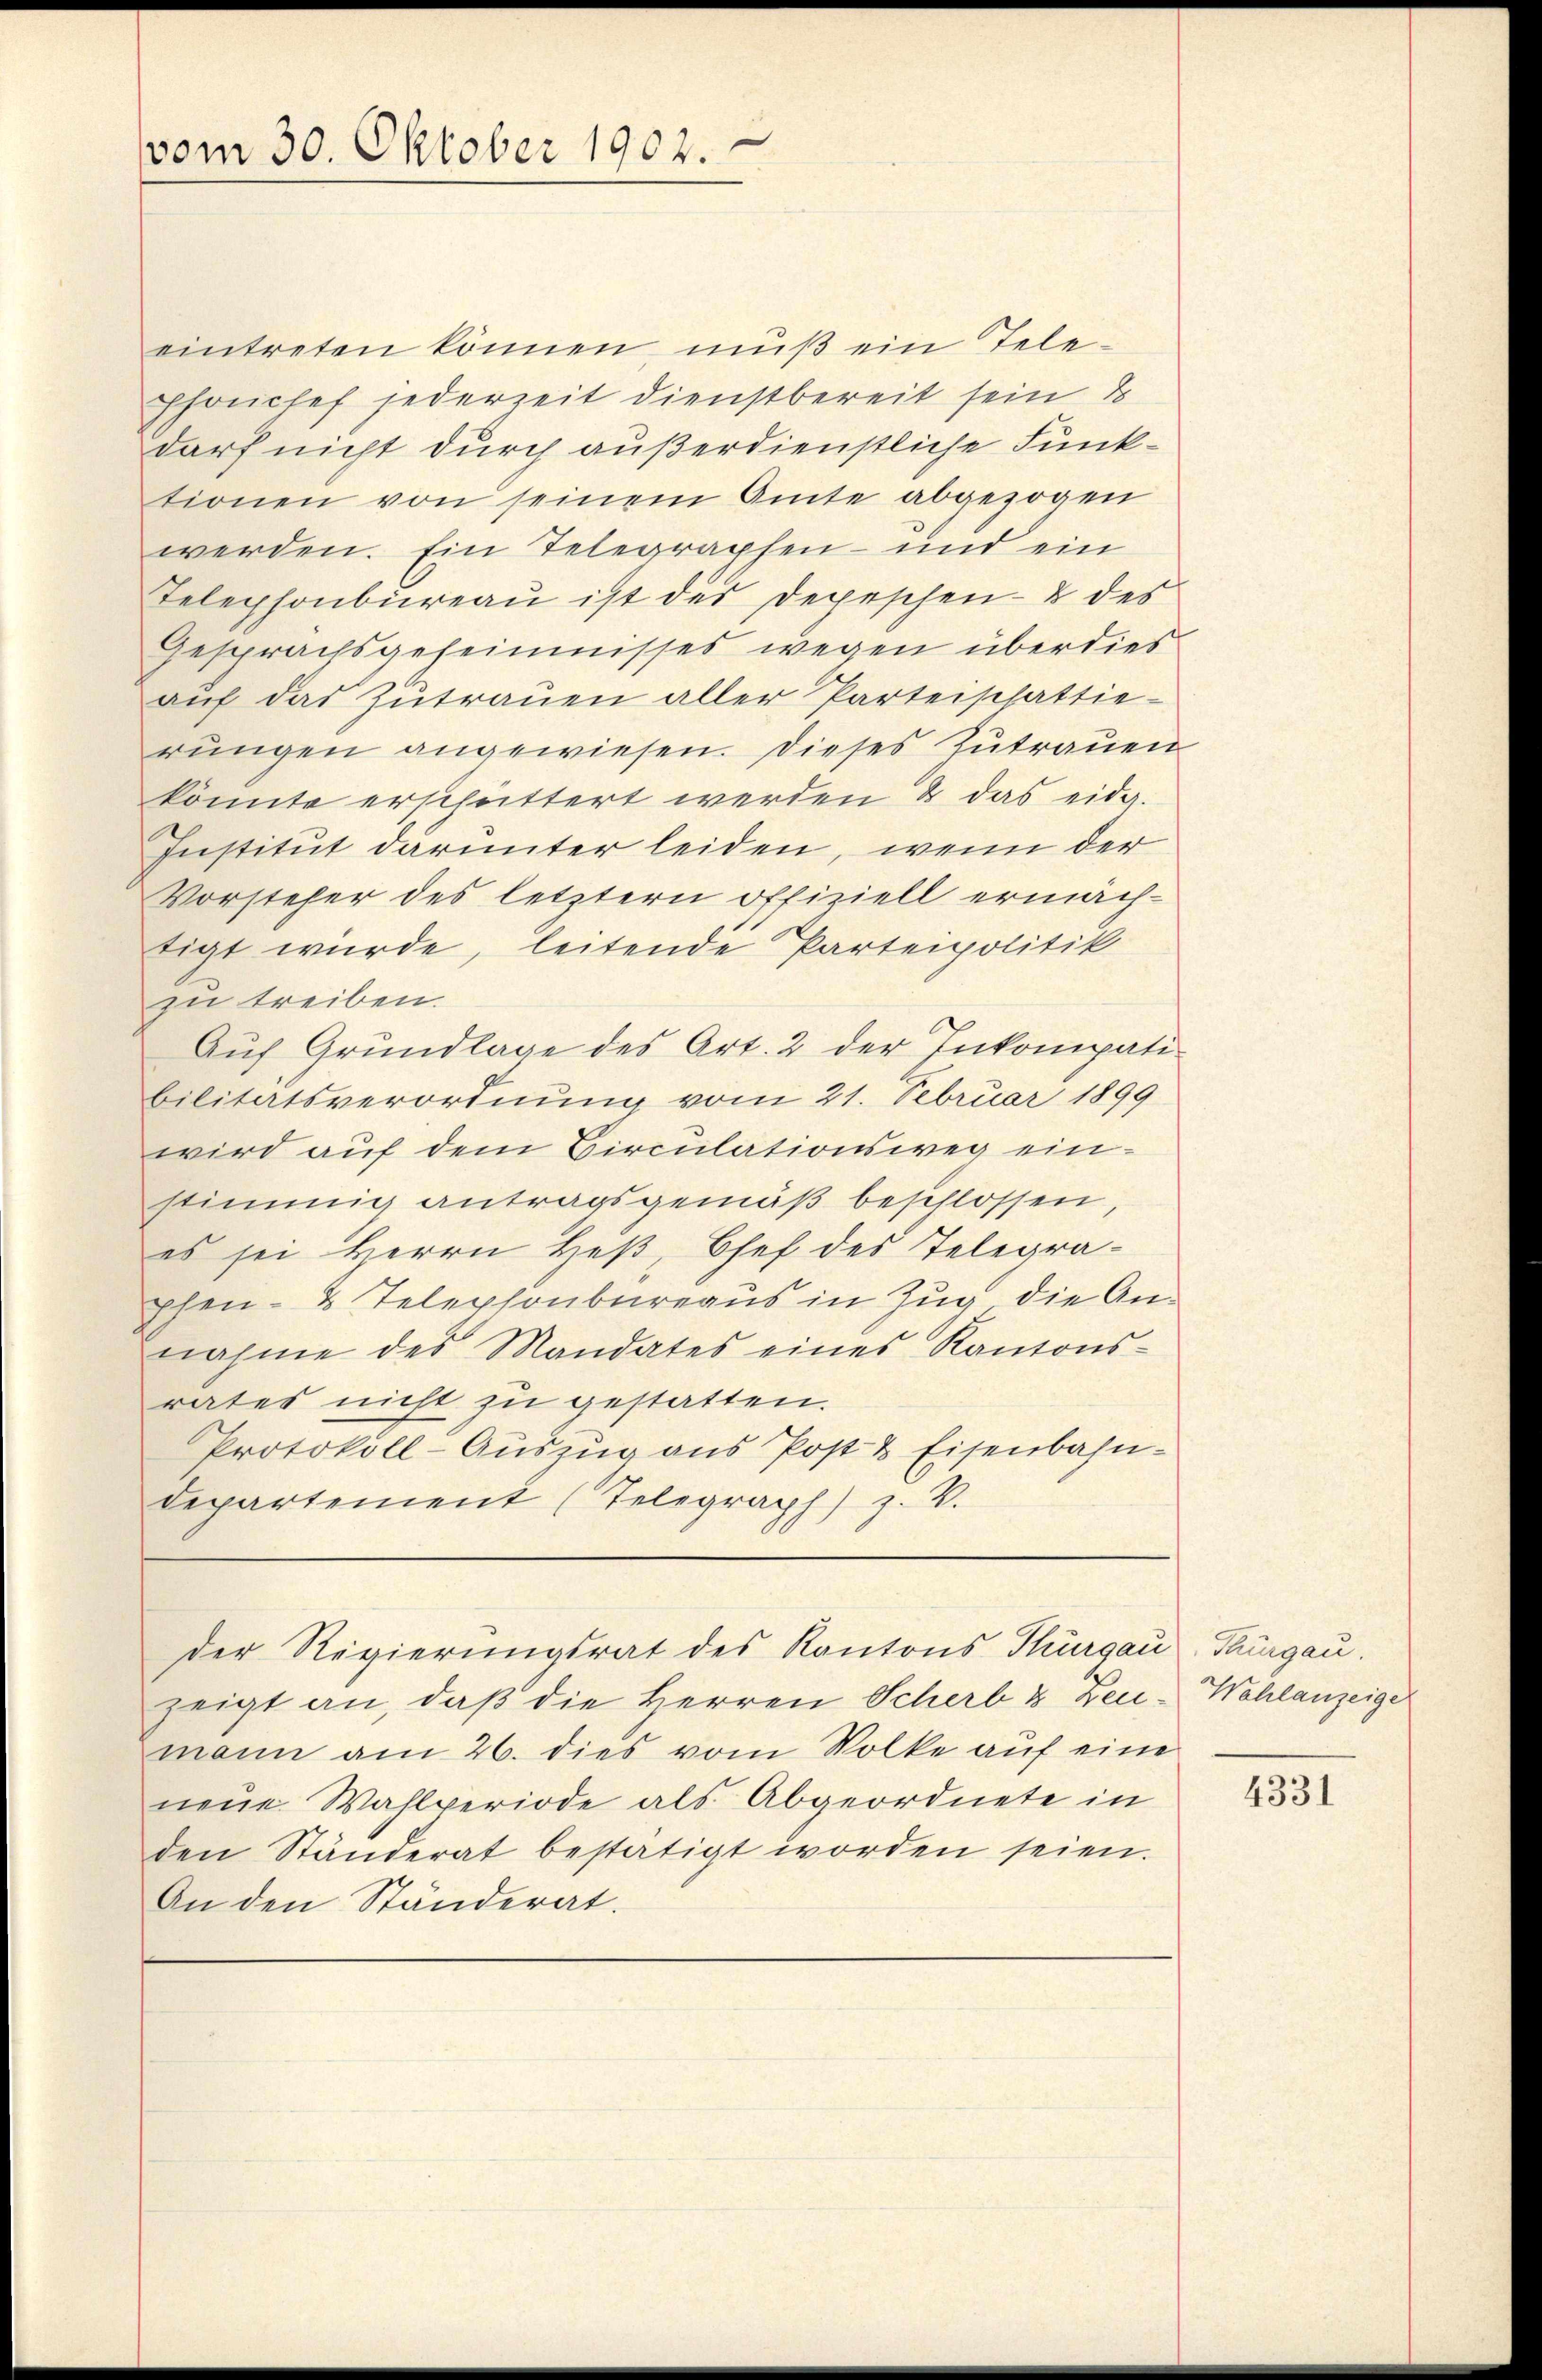
vom 30. Oktober 1902.

eintreten können mŭβ ein Tele-
Phonchef jederzeit dienstbereit sein
darf nicht durch außerdienstliche Funktionen von seinem Amte abgezogen
werden. Ein Telegraphen- und ein
Telephonbüreau ist des Depeschen- & des
Gesprächsgeheimnisses wegen überdies
aŭf das zŭtraŭen aller Parteischattie-
rungen angewiesen. Dieses Zutrauen
könnte erschüttert werden & das eidg.
Institut darunter leiden, wenn der
Vorsteher des letztern offiziell ermächtigt würde, leitende Parteipolitik
zu treiben.
Auf Grundlage des Art. 2 der Inkompatibilitätsverordnung vom 21. Februar 1899
wird auf dem Circulationsweg einstimmig antragsgemäß beschlossen,
es sei Herrn Heß, Chef des Telegraphen- & Telephonbureaus in Zug, die Annahme des Mandates eines Kantons-
rates nicht zu gestatten.
Protokoll-Auszug aus Post & Eisenbahn-
departement (Telegraph) z. V.
der Regierungsrat des Kantons Thurgau, Thurgau.
zeigt an, daß die Herren Scherb & zen-Wahlanzeige
mann am 26. dies vom Volke auf eine
neue Wahlperiode als Abgeordnete in
den Ständerat bestätigt worden seien.
An den Ständerat.

4331